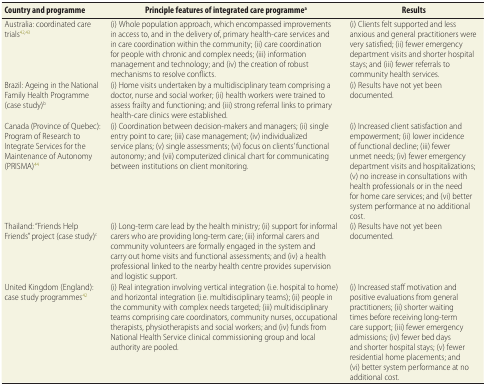
<table><thead><tr><td><b>Country and programme</b></td><td><b>Principle features of integrated care programme<sup>a</sup></b></td><td><b>Results</b></td></tr></thead><tbody><tr><td>Australia: coordinated care trials<sup>42</sup><sup>,</sup><sup>43</sup></td><td>(i) Whole population approach, which encompassed improvements in access to, and in the delivery of, primary health-care services and in care coordination within the community; (ii) care coordination for people with chronic and complex needs; (iii) information management and technology; and (iv) the creation of robust mechanisms to resolve conflicts.</td><td>(i) Clients felt supported and less anxious and general practitioners were very satisfied; (ii) fewer emergency department visits and shorter hospital stays; and (iii) fewer referrals to community health services.</td></tr><tr><td>Brazil: Ageing in the National Family Health Programme (case study)<sup>b</sup></td><td>(i) Home visits undertaken by a multidisciplinary team comprising a doctor, nurse and social worker; (ii) health workers were trained to assess frailty and functioning; and (iii) strong referral links to primary health-care clinics were established.</td><td>(i) Results have not yet been documented.</td></tr><tr><td>Canada (Province of Quebec): Program of Research to Integrate Services for the Maintenance of Autonomy (PRISMA)<sup>44</sup></td><td>(i) Coordination between decision-makers and managers; (ii) single entry point to care; (iii) case management; (iv) individualized service plans; (v) single assessments; (vi) focus on clients’ functional autonomy; and (vii) computerized clinical chart for communicating between institutions on client monitoring.</td><td>(i) Increased client satisfaction and empowerment; (ii) lower incidence of functional decline; (iii) fewer unmet needs; (iv) fewer emergency department visits and hospitalizations; (v) no increase in consultations with health professionals or in the need for home care services; and (vi) better system performance at no additional cost.</td></tr><tr><td>Thailand: “Friends Help Friends” project (case study)<sup>c</sup></td><td>(i) Long-term care lead by the health ministry; (ii) support for informal carers who are providing long-term care; (iii) informal carers and community volunteers are formally engaged in the system and carry out home visits and functional assessments; and (iv) a health professional linked to the nearby health centre provides supervision and logistic support.</td><td>(i) Results have not yet been documented.</td></tr><tr><td>United Kingdom (England): case study programmes<sup>42</sup></td><td>(i) Real integration involving vertical integration (i.e. hospital to home) and horizontal integration (i.e. multidisciplinary teams); (ii) people in the community with complex needs targeted; (iii) multidisciplinary teams comprising care coordinators, community nurses, occupational therapists, physiotherapists and social workers; and (iv) funds from National Health Service clinical commissioning group and local authority are pooled.</td><td>(i) Increased staff motivation and positive evaluations from general practitioners; (ii) shorter waiting times before receiving long-term care support; (iii) fewer emergency admissions; (iv) fewer bed days and shorter hospital stays; (v) fewer residential home placements; and (vi) better system performance at no additional cost.</td></tr></tbody></table>